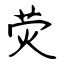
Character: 荧